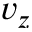
v _ { z }